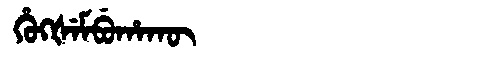
Manchu: ᡥᡠᡴᡧᡝᠮᠪᡠᡥᠠᡴᡡ
Romanization: HUKŠEMBUHAKŪ